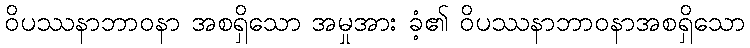
ဝိပဿနာဘာဝနာ အစရှိသော အမှုအား ခံ့၏ ဝိပဿနာဘာဝနာအစရှိသော